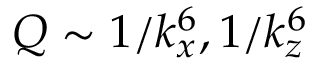
Q \sim 1 / k _ { x } ^ { 6 } , 1 / k _ { z } ^ { 6 }